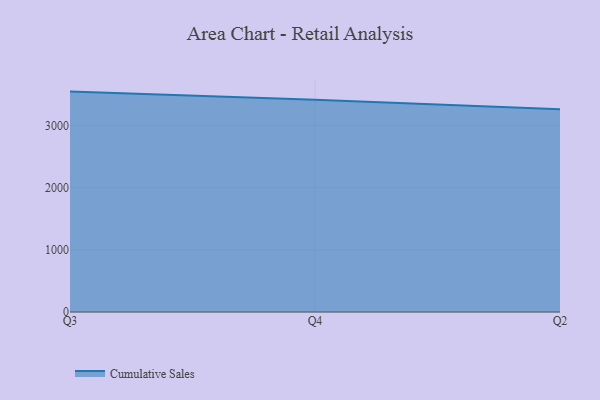
{"axis": {"x": "Quarter", "y": "Page Views"}, "legend": ["Cumulative Sales"], "data": [{"x": "Q3", "y": 3545.4, "type": "Cumulative Sales"}, {"x": "Q4", "y": 3415.9, "type": "Cumulative Sales"}, {"x": "Q2", "y": 3260.8, "type": "Cumulative Sales"}]}